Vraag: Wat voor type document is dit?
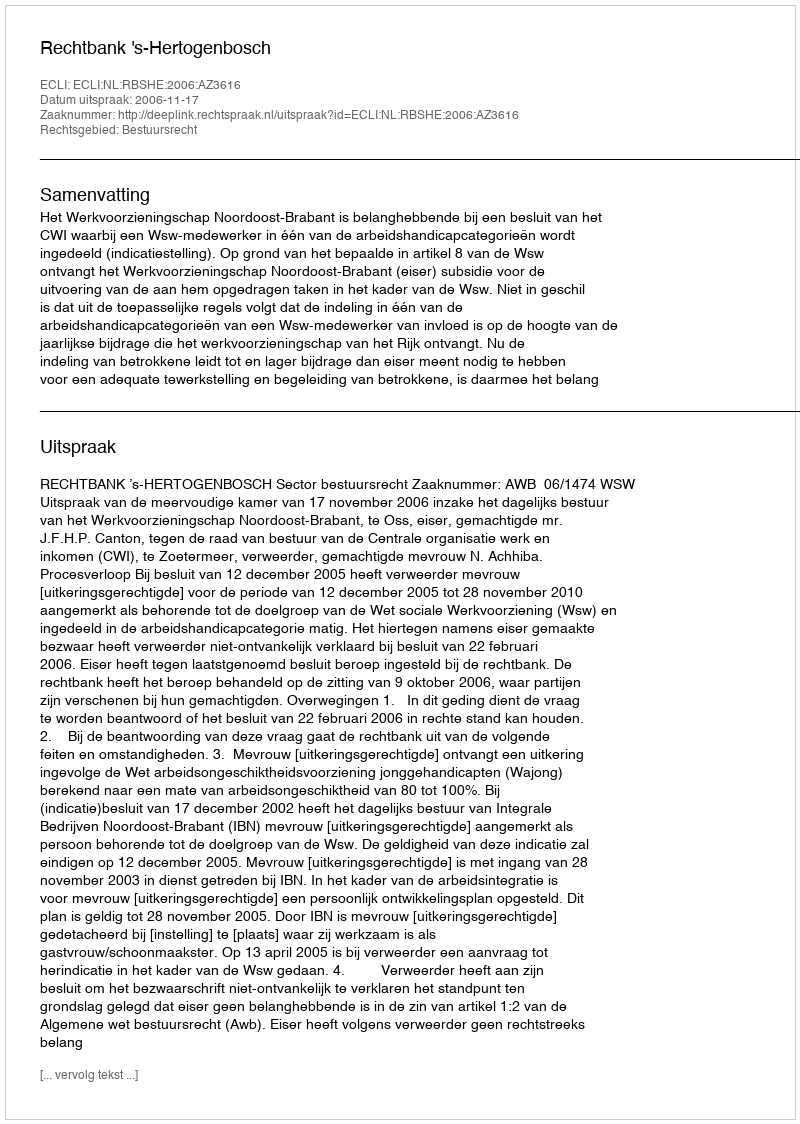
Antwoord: Uitspraak